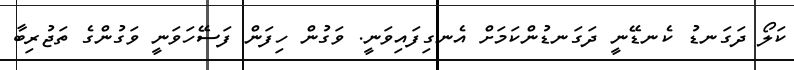
ކަލޯ ދަގަނޑު ކެނޑޭނީ ދަގަނޑުންކަމަށް އެނގިފައިވަނީ. ވަގުން ހިފަން ފަސޭހަވަނީ ވަގުންގެ ތަޖުރިބާ